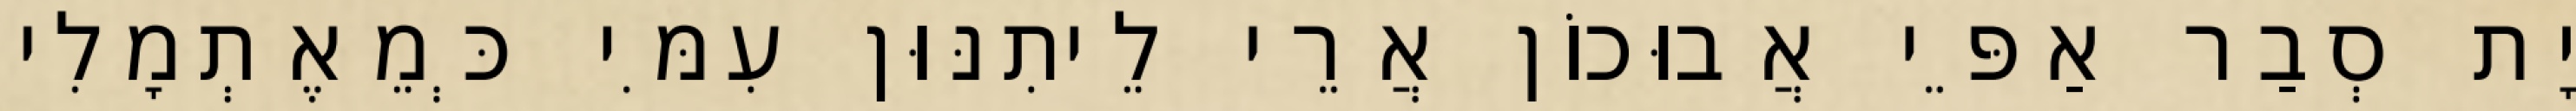
יָת סְבַר אַפֵּי אֲבוּכוֹן אֲרֵי לֵיתִנּוּן עִמִּי כְּמֵאֶתְמָלִי